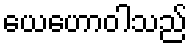
ယေဟောဝါသည်